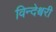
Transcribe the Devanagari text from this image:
विन्देश्वरी